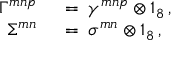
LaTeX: \begin{array} { r l } { { \Gamma ^ { m n p } \: } } & { { } { { } = \: \gamma ^ { m n p } \otimes 1 _ { 8 } \, , } } \\ { { \Sigma ^ { m n } \: } } & { { } { { } = \: \sigma ^ { m n } \otimes 1 _ { 8 } \, , } } \end{array}